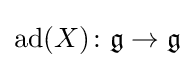
\operatorname {ad} (X)\colon {\mathfrak {g}}\to {\mathfrak {g}}